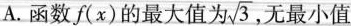
A.函数f(x)的最大值为\sqrt{3}无最小值